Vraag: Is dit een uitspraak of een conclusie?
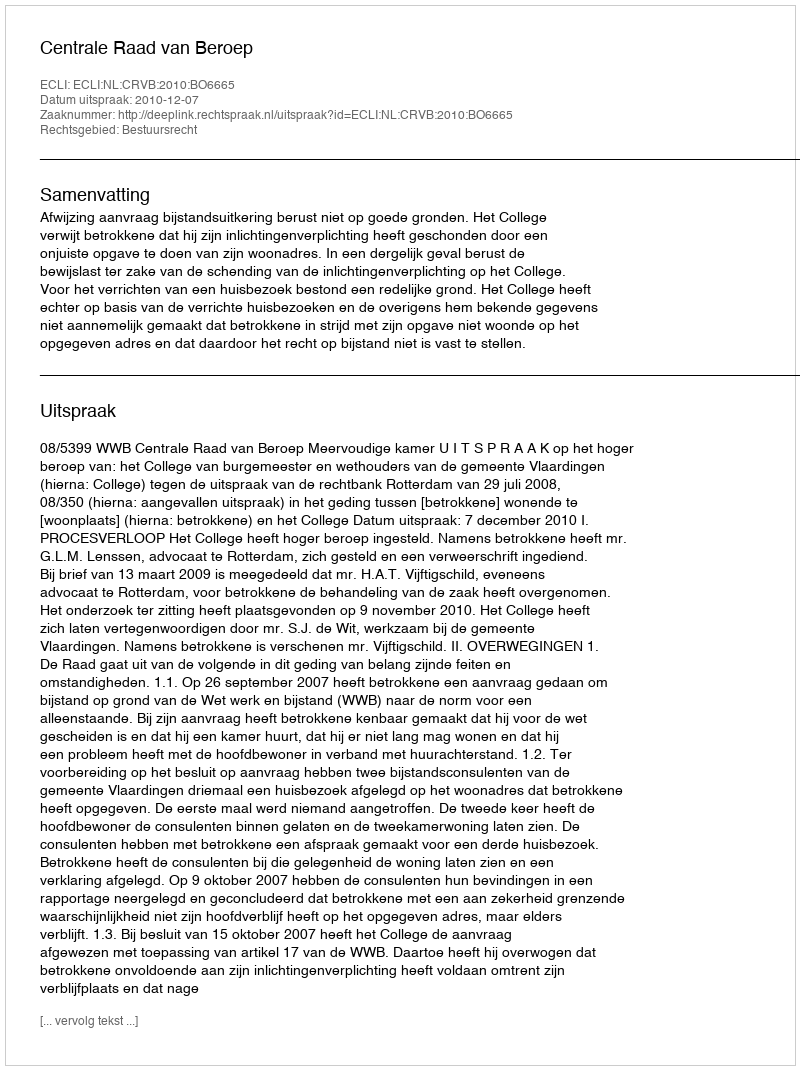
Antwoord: Uitspraak